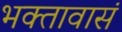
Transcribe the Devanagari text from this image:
भक्तावासं